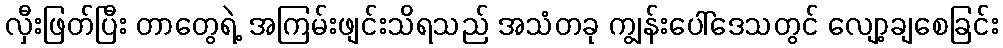
လှီးဖြတ်ပြီး တာတွေရဲ့ အကြမ်းဖျင်းသိရသည် အသံတခု ကျွန်းပေါ်ဒေသတွင် လျော့ချစေခြင်း